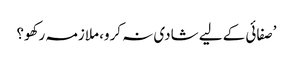
’صفائی کے لیے شادی نہ کرو، ملازمہ رکھو؟